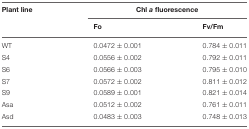
<table><thead><tr><td><b>Plant line</b></td><td colspan="2"><b>Chl<i>a</i>fluorescence</b></td></tr><tr><td>[EMPTY_CELL]</td><td><b>Fo</b></td><td><b>Fv/Fm</b></td></tr></thead><tbody><tr><td>WT</td><td>0.0472 ± 0.001</td><td>0.784 ± 0.011</td></tr><tr><td>S4</td><td>0.0556 ± 0.002</td><td>0.792 ± 0.011</td></tr><tr><td>S6</td><td>0.0566 ± 0.003</td><td>0.795 ± 0.010</td></tr><tr><td>S7</td><td>0.0572 ± 0.002</td><td>0.811 ± 0.012</td></tr><tr><td>S9</td><td>0.0589 ± 0.001</td><td>0.821 ± 0.014</td></tr><tr><td>Asa</td><td>0.0512 ± 0.002</td><td>0.761 ± 0.011</td></tr><tr><td>Asd</td><td>0.0483 ± 0.003</td><td>0.748 ± 0.013</td></tr></tbody></table>